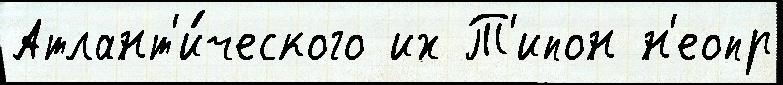
Атлант'и́ческого их Т'ипон н'еопр